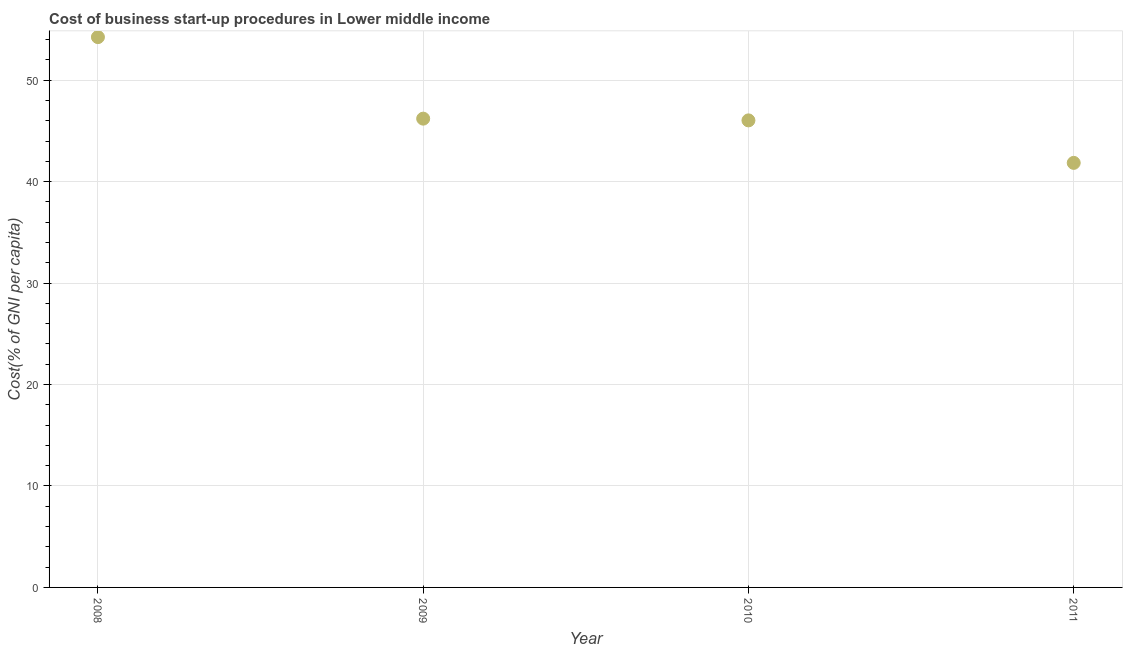
| Year | Cost |
 | --- | --- |
 | 2008 | 54.2 |
 | 2009 | 46.2 |
 | 2010 | 46 |
 | 2011 | 41.8 |